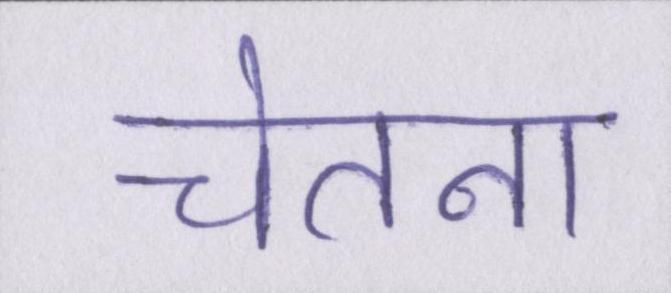
चेतना